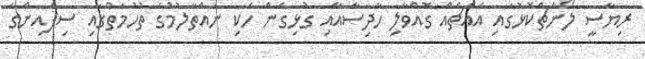
ރިޔާސީ ލޯންޗްކޮޅުގައި އެއްޗެއް ގޮއްވާލި ހާދިސާއާއި ގުޅިގެން ހެކި ނައްތާލުމުގެ ތުހުމަތުގައި ސިފައިންގެ